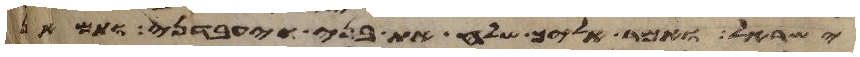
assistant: ישראל ואמר אליך שלח את בני ויעבדני ותמאן